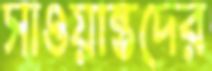
সাওয়ান্তদের